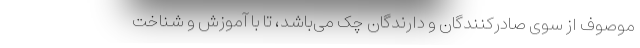
موصوف از سوی صادرکنندگان و دارندگان‌ چک می‌باشد، تا با آموزش و شناخت